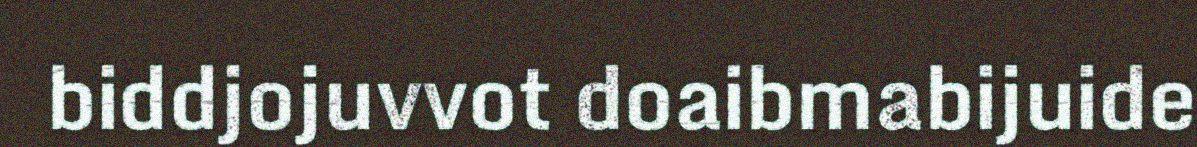
biddjojuvvot doaibmabijuide